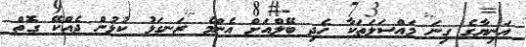
އަނިޔާގެ ގިނަ މައްސަލަތަކާ ހެދި ބޭލްއަށް އެންމެ ރަނގަޅު ކުޅުން ދެއްކޭ ގޮތް